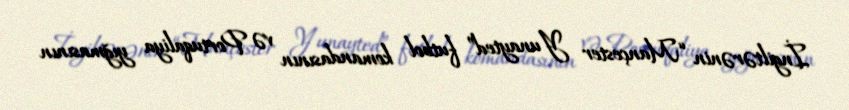
İngiltərənin “Mançester Yunayted” futbol komandasının və Portuqaliya yığmasının